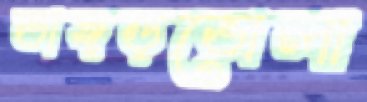
ভাঙ্গড়ভোলা